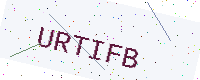
Text: URTIFB